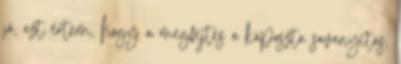
jó, azt értem, hogy a megfejtés a káposzta savanyítás,